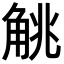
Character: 𬢖